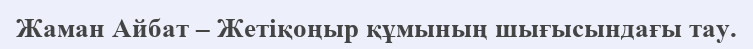
Жаман Айбат – Жетіқоңыр құмының шығысындағы тау.